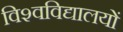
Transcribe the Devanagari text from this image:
विश्‍वविद्यालयों